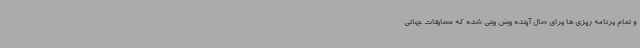
و تمام برنامه ریزی ها برای سال آینده پیش بینی شده که مسابقات جهانی